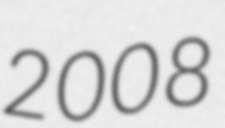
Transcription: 2008